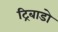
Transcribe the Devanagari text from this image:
ट्रिबाडो